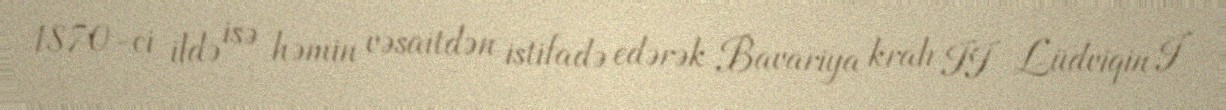
1870-ci ildə isə həmin vəsaitdən istifadə edərək Bavariya kralı II Lüdviqin I